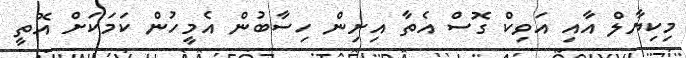
މިކިޔާލް އާއި އަވިކް ގޮސް އެތާ އިށިން ހިސާބުން އެމީހުން ކަމަކަށް އޮތީ